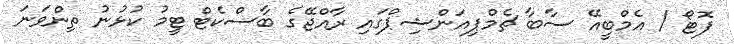
ފޮޓޯ / އެމްބީއޭ ސާބާ ޗެމްޕިއަންޝިޕްގައި ރާއްޖޭގެ ބާސްކެޓް ޓީމު ކުޅުނު ތިންވަނަ